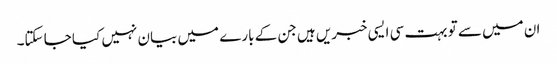
ان میں سے تو بہت سی ایسی خبریں ہیں جن کے بارے میں بیان نہیں کیا جا سکتا۔